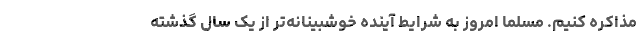
مذاکره کنیم. مسلما امروز به شرایط آینده خوشبینانه‌تر از یک سال گذشته